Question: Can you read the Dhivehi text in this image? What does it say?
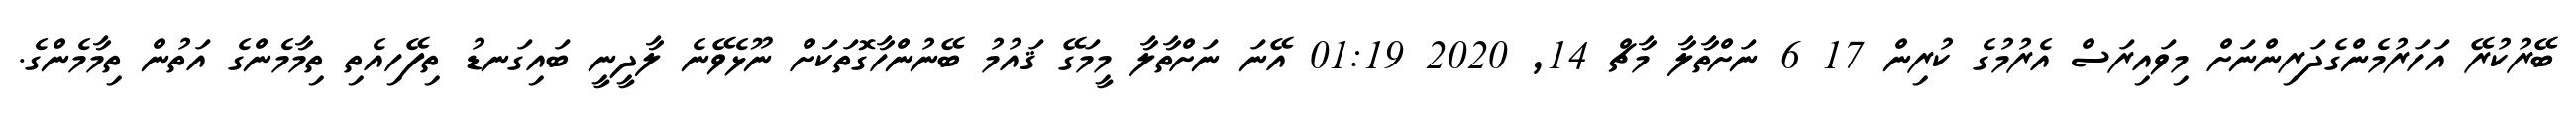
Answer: ބޭރުކުރޭ އަހަރުމެންގެދަރިންނަށް މިވައިރަސް އެރުމުގެ ކުރިން 17 6 ނަށްތާލާ މާޗް 14, 2020 01:19 އޭނަ ނަށްތާލާ މީމަގޭ ޤައުމު ބޭނުންހާގޮތަކަށް ނޫޅެވޭނެ ލާދީނީ ބައިގަނޑު ތިފޭހިއެތި ތިމާމެންގެ އަތުން ތިމާމެންގެ.